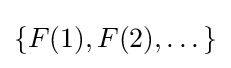
\{F(1),F(2),\dots \}